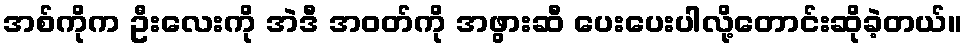
အစ်ကိုက ဦးလေးကို အဲဒီ အဝတ်ကို အဖွားဆီ ပေးပေးပါလို့တောင်းဆိုခဲ့တယ်။